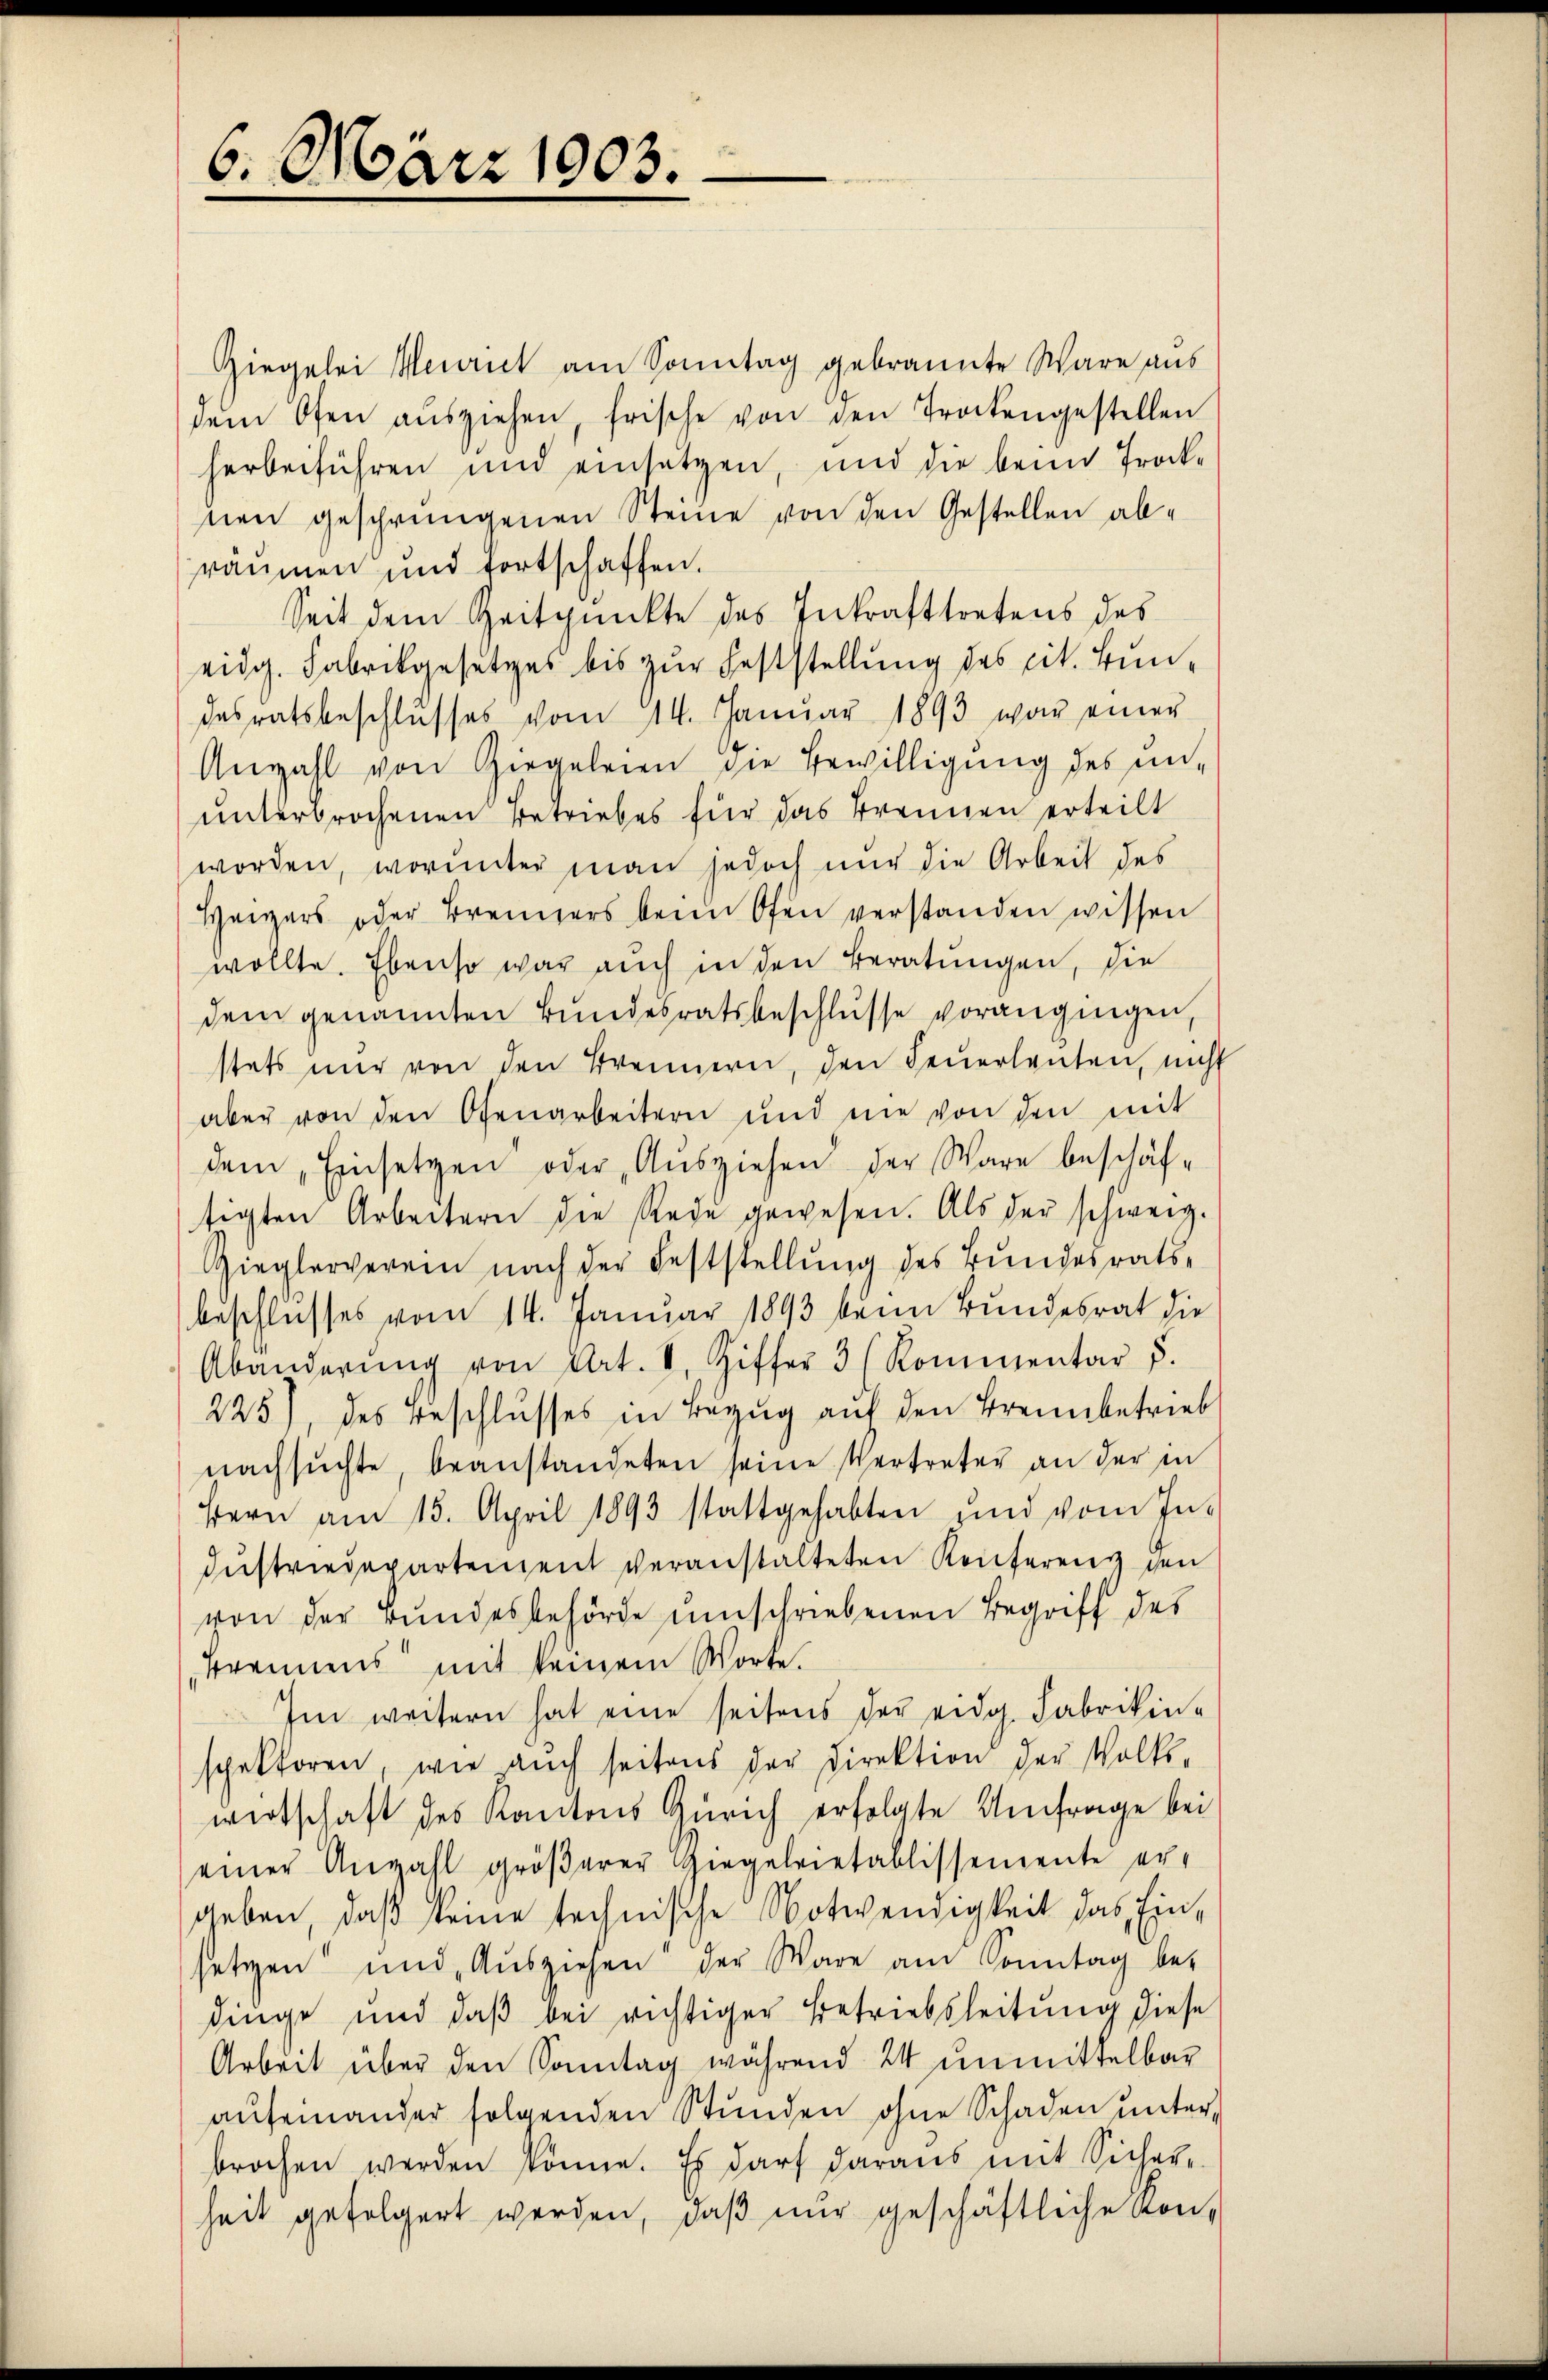
6. März 1903.

Ziegelei Meirict am Sonntag gebrannte Wäre aus
dem Ofen aŭsziehen, frische von den Trockengestellen
herbeiführen und einsätzen, und die beim Trock-
nen geschrungenen Steine von den Gestellen abräumen und fortschaffen.
Seit dem Zeitpunkte des Inkrafttretens des
eidg. Fabrikgesetzes bis zŭr Feststellung des cit. Bundesratsbeschlŭsses vom 14. Janŭar 1893 war einer
Anzahl von Ziegeleien die Bewilligung des un-
unterbrochenen Betriebes für das Trennen erteilt
worden, worunter man jedoch nur die Arbeit des
Heizers oder Brenners beim Ofen verstanden wissen
wollte. Ebenso war auch in den Beratungen, die
dem genannten Bundesratsbeschlusse vorangingen,
stets nur von den Trennern, den Feŭerleuten, nicht
aber von den Ofenarbeitern und nie von den mit
dem Einsetzen oder Ausziehen der Ware beschäfsigten Arbeitern die Rede gewesen. Als der schweiz.
Zieglerverein nach der Feststellung des Bundesrats-
beschlusses vom 14. Januar 1893 beim Bundesrat die
Abänderŭng von Art. I. Ziffer 3 (Kommentar d.
225), des Beschlusses in Bezŭg aŭf den Brennbetrieb
nachsŭchte, beanstandeten seine Vertreter an der in
Hern am 15. April 1893 stattgehabten und vom In-
dŭstriedepartement veranstalteten Renterenz den
von der Bundesbehörde umschriebenen Begriff des
Brennens mit keinem Worte.
Im weitern hat eine seitens der eidg. Fabrikinspektoren, wie auch seitens der Direktion der Volks-
wirtschaft des Kantons Zürich erfolgte Umfrage bei
einer Anzahl gröβerer Ziegelrietablissemente er-
geben, daß keine technische Notwendigkeit das Einsetzen und Aŭsziehen der Ware am Sonntag be-
dinge und daβ bei richtiger Betriebsleitung diese
Arbeit über den Sonntag während 24 unmittelbar
aŭfeinander folgenden Stŭnden ohne Schaden unter-
brochen werden könne. Es darf daraus mit Sicher-
heit gefolgert werden, daβ nŭr geschäftliche Kon-